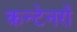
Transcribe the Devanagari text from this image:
कन्टेनरों